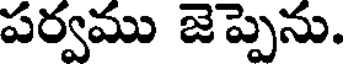
పర్వము జెప్పెను.